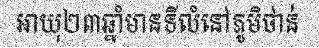
អាយុ២៣ឆ្នាំមានទីលំនៅភូមិថាន់